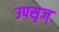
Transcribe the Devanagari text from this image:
उपसृज्